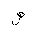
Letter: _sad